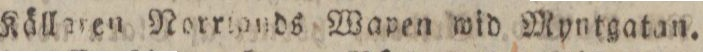
Källaren Norrionds Wapen wid Myntgatan.